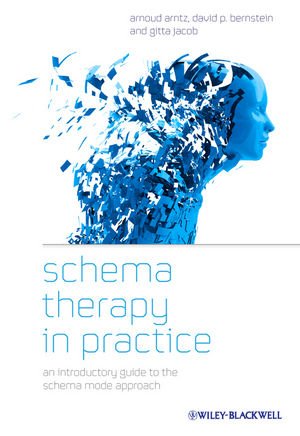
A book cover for Schema Therapy in Practice: An Introductory Guide to the Schema Mode Approach; Arnoud Arntz; Health, Fitness & Dieting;